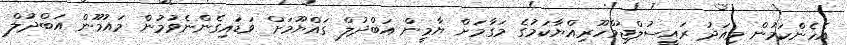
އެހެންކަމުން މިއަދު ރައީސުލްޖުމްހޫރިއްޔާކަމުގެ މަގާމަށް ޔާމީން އަބްދުލް ގައްޔޫމަށް ވަޑައިގެންނެވުމުން މައުމޫން އަބްދުލް